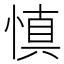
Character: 慎